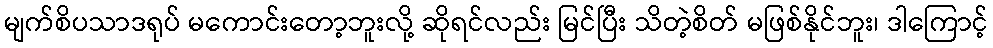
မျက်စိပသာဒရုပ် မကောင်းတော့ဘူးလို့ ဆိုရင်လည်း မြင်ပြီး သိတဲ့စိတ် မဖြစ်နိုင်ဘူး၊ ဒါကြောင့်